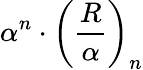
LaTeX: \alpha^{n}\cdot\left({\frac{R}{\alpha}}\right)_{n}